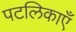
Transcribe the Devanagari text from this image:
पटलिकाएँ